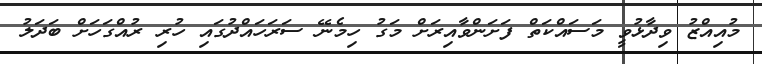
މުއިއްޒު ވިދާޅުވީ މަސައްކަތް ފަށަންވާއިރަށް މަގު ހިމެނޭ ސަރަހައްދުގައި ހުރި ރުއްގަހަށް ބަދަލު